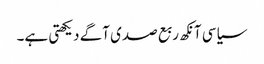
سیاسی آنکھ ربع صدی آگے دیکھتی ہے۔